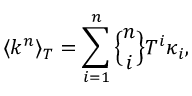
\langle k ^ { n } \rangle _ { T } = \sum _ { i = 1 } ^ { n } { n \brace i } T ^ { i } \kappa _ { i } ,